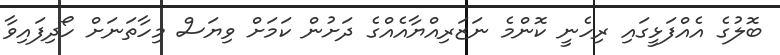
ބޮލުގެ އެއްފަޅީގައި ރިހެނީ ކޮންމެ ނަޒަރިއްޔާއެއްގެ ދަށުން ކަމަށް ވިޔަސް މިހާތަނަށް ހޯދިފައިވާ